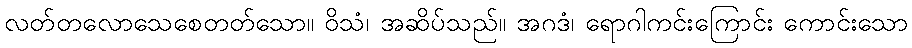
လတ်တလောသေစေတတ်သော။ ဝိသံ၊ အဆိပ်သည်။ အဂဒံ၊ ရောဂါကင်းကြောင်း ကောင်းသော